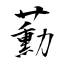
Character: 蘍